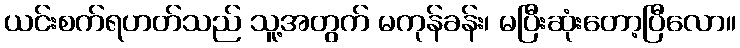
ယင်းစက်ရဟတ်သည် သူ့အတွက် မကုန်ခန်း၊ မပြီးဆုံးတော့ပြီလော။